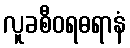
လူခစီဝရဓရာနံ